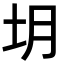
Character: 𪢻